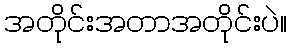
အတိုင်းအတာအတိုင်းပဲ။